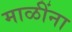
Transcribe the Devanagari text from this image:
माळींना